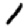
Digit: 1